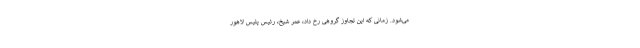
می‌شود. زمانی که این تجاوز گروهی رخ داد، عمر شیخ، رئیس پلیس لاهور